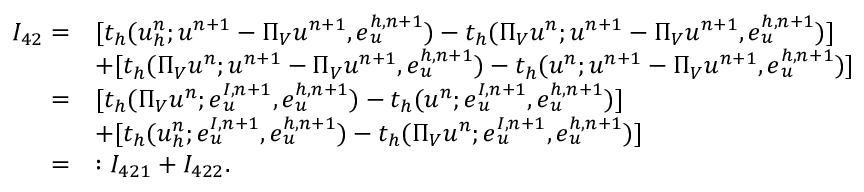
\begin{array} { r l } { I _ { 4 2 } = } & { [ t _ { h } ( u _ { h } ^ { n } ; \boldsymbol { u } ^ { n + 1 } - \boldsymbol { \Pi } _ { V } u ^ { n + 1 } , \boldsymbol { e } _ { u } ^ { h , n + 1 } ) - t _ { h } ( \Pi _ { V } u ^ { n } ; \boldsymbol { u } ^ { n + 1 } - \boldsymbol { \Pi } _ { V } u ^ { n + 1 } , \boldsymbol { e } _ { u } ^ { h , n + 1 } ) ] } \\ & { + [ t _ { h } ( \Pi _ { V } u ^ { n } ; \boldsymbol { u } ^ { n + 1 } - \boldsymbol { \Pi } _ { V } u ^ { n + 1 } , \boldsymbol { e } _ { u } ^ { h , n + 1 } ) - t _ { h } ( u ^ { n } ; \boldsymbol { u } ^ { n + 1 } - \boldsymbol { \Pi } _ { V } u ^ { n + 1 } , \boldsymbol { e } _ { u } ^ { h , n + 1 } ) ] } \\ { = } & { [ t _ { h } ( \Pi _ { V } u ^ { n } ; \boldsymbol { e } _ { u } ^ { I , n + 1 } , \boldsymbol { e } _ { u } ^ { h , n + 1 } ) - t _ { h } ( u ^ { n } ; \boldsymbol { e } _ { u } ^ { I , n + 1 } , \boldsymbol { e } _ { u } ^ { h , n + 1 } ) ] } \\ & { + [ t _ { h } ( u _ { h } ^ { n } ; \boldsymbol { e } _ { u } ^ { I , n + 1 } , \boldsymbol { e } _ { u } ^ { h , n + 1 } ) - t _ { h } ( \Pi _ { V } u ^ { n } ; \boldsymbol { e } _ { u } ^ { I , n + 1 } , \boldsymbol { e } _ { u } ^ { h , n + 1 } ) ] } \\ { = } & { : I _ { 4 2 1 } + I _ { 4 2 2 } . } \end{array}